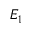
E _ { 1 }